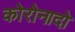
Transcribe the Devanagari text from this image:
कोरोनादो